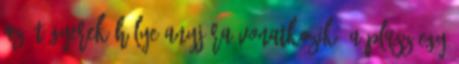
az öt gyerek hülye anyjára vonatkozik, a plusz egy